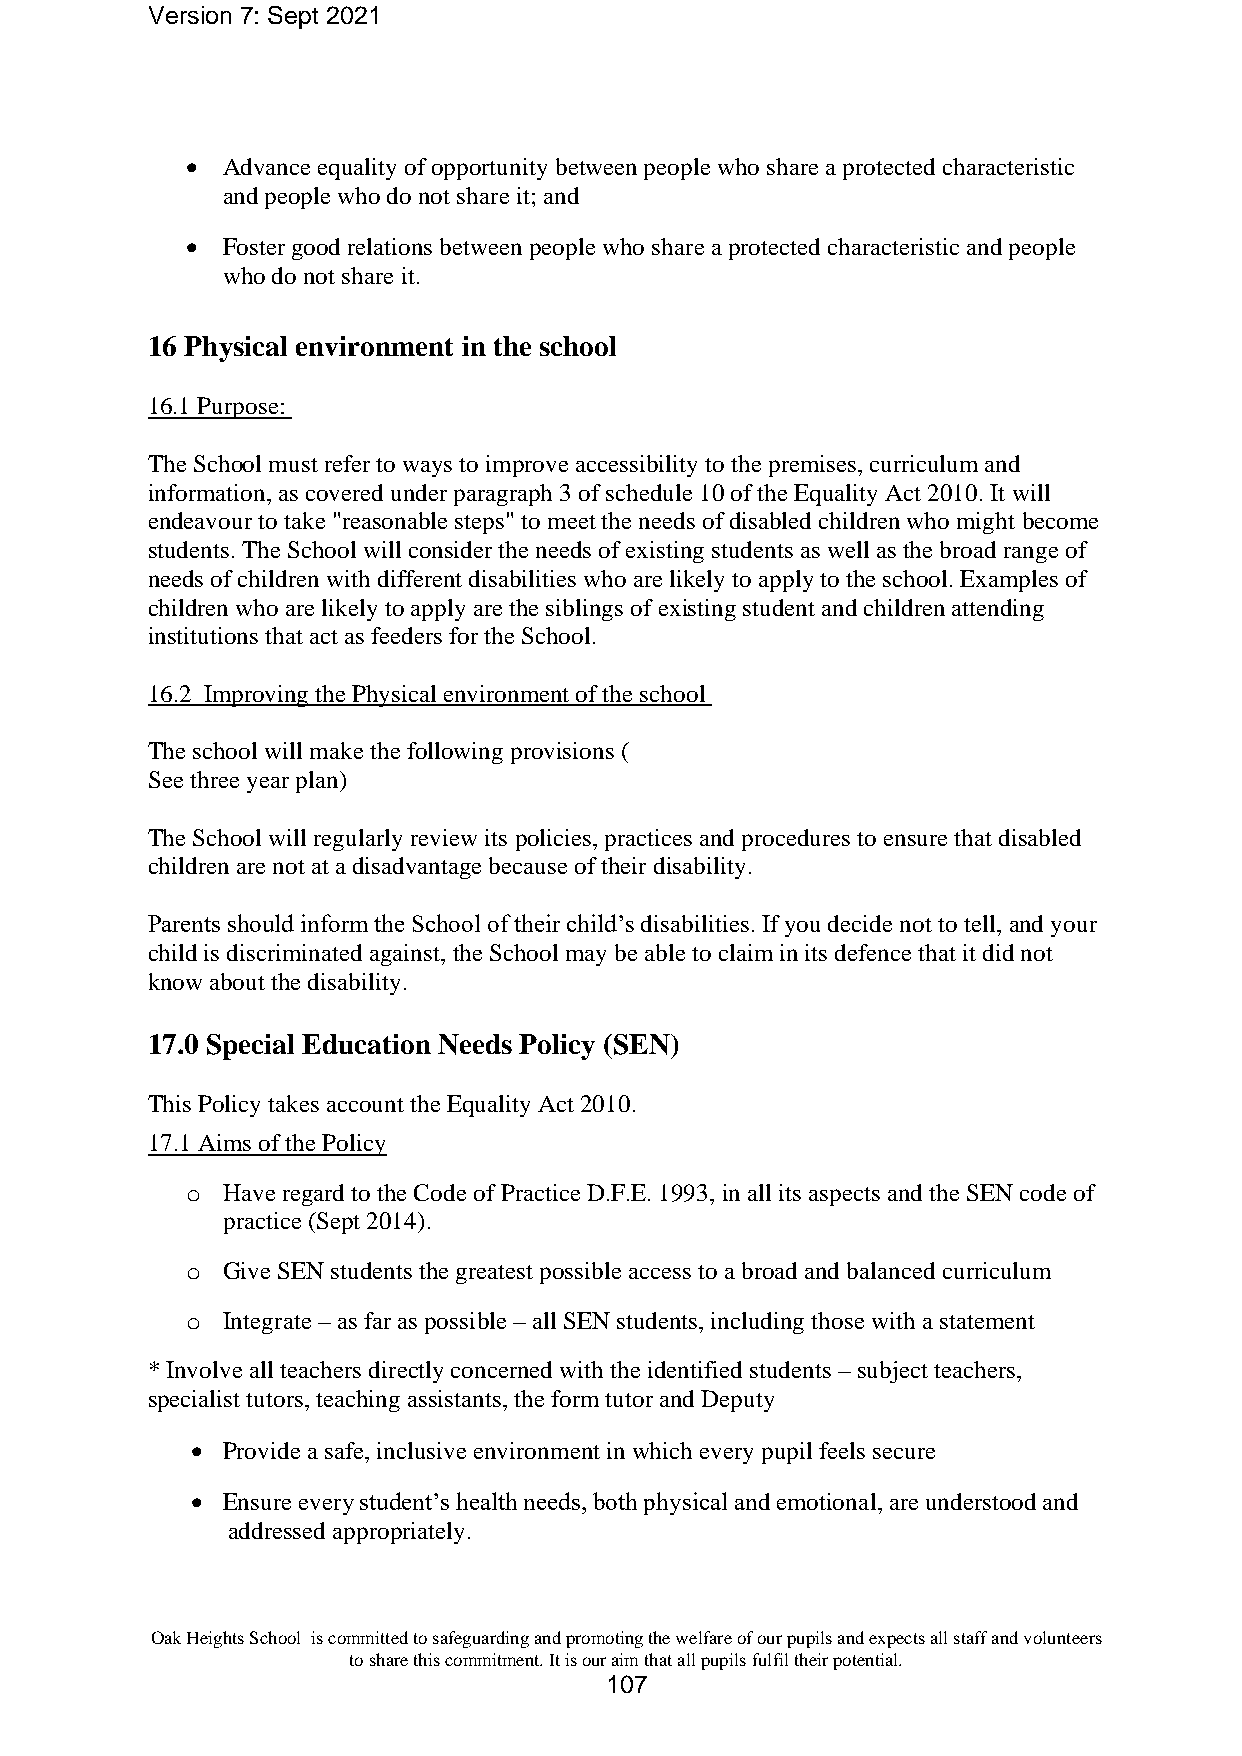
Version 7: Sept 2021
 •  Advance equality of opportunity between people who share a protected characteristic
 and people who do not share it; and
 •  Foster good relations between people who share a protected characteristic and people
 who do not share it.
 16 Physical environment in the school
 16.1 Purpose:
 The School must refer to ways to improve accessibility to the premises, curriculum and
 information, as covered under paragraph 3 of schedule 10 of the Equality Act 2010. It will
 endeavour to take "reasonable steps" to meet the needs of disabled children who might become
 students. The School will consider the needs of existing students as well as the broad range of
 needs of children with different disabilities who are likely to apply to the school. Examples of
 children who are likely to apply are the siblings of existing student and children attending
 institutions that act as feeders for the School.
 16.2 Improving the Physical environment of the school
 The school will make the following provisions (
 See three year plan)
 The School will regularly review its policies, practices and procedures to ensure that disabled
 children are not at a disadvantage because of their disability.
 Parents should inform the School of their child’s disabilities. If you decide not to tell, and your
 child is discriminated against, the School may be able to claim in its defence that it did not
 know about the disability.
 17.0 Special Education Needs Policy (SEN)
 This Policy takes account the Equality Act 2010.
 17.1 Aims of the Policy
 o  Have regard to the Code of Practice D.F.E. 1993, in all its aspects and the SEN code of
 practice (Sept 2014).
 o  Give SEN students the greatest possible access to a broad and balanced curriculum
 o  Integrate – as far as possible – all SEN students, including those with a statement
 * Involve all teachers directly concerned with the identified students – subject teachers,
 specialist tutors, teaching assistants, the form tutor and Deputy
 • Provide a safe, inclusive environment in which every pupil feels secure
 • Ensure every student’s health needs, both physical and emotional, are understood and
 addressed appropriately.
 Oak Heights School is committed to safeguarding and promoting the welfare of our pupils and expects all staff and volunteers
 to share this commitment. It is our aim that all pupils fulfil their potential.
 107